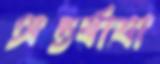
অন্তর্যাত্রা